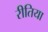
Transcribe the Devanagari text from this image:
रीतिया